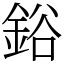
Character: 鋊